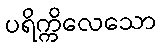
ပရိက္ကိလေသော